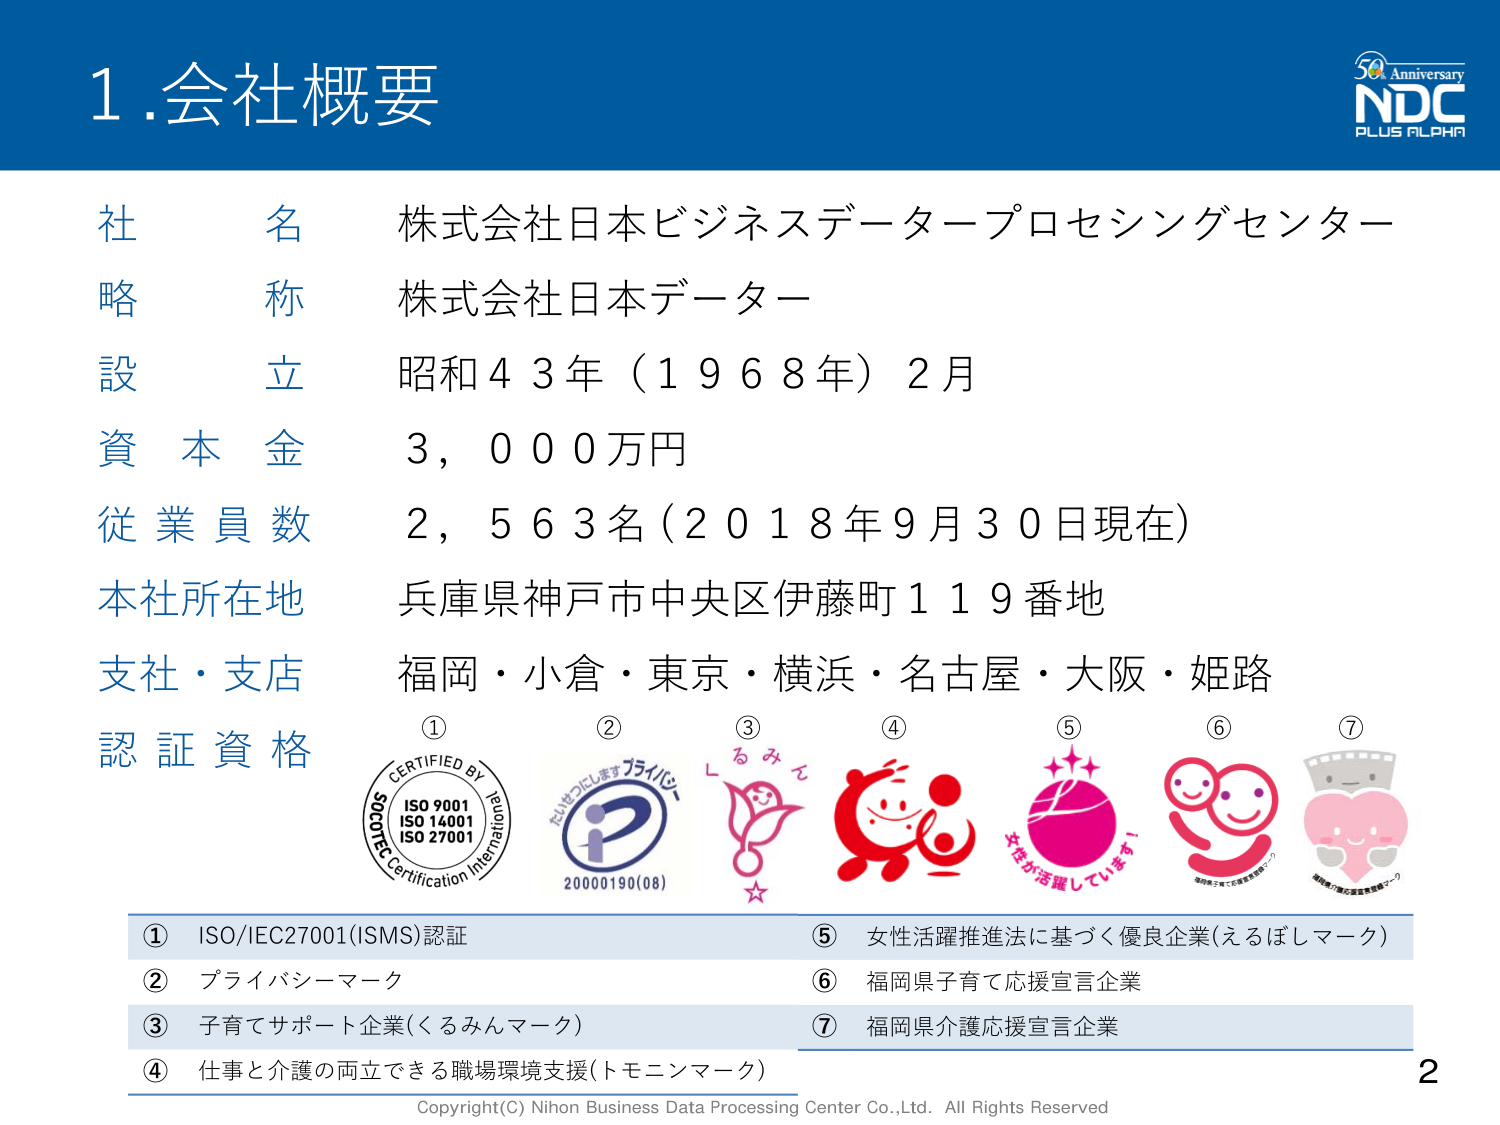
1.会社概要

社名 株式会社日本ビジネスデータープロセシングセンター
略称 株式会社日本データー
設立 昭和43年（1968年）2月
資本金 3,000万円
従業員数 2,563名（2018年9月30日現在）
本社所在地 兵庫県神戸市中央区伊藤町119番地
支社・支店 福岡・小倉・東京・横浜・名古屋・大阪・姫路
認証資格

① CERTIFIED BY
ISO 9001
ISO 14001
ISO 27001
SQC
EC Certification International

② たいせつにしますプライバシー
20000190(08)

③ くるみん

④ トモニマーク

⑤ 女性が活躍しています！

⑥ 福岡県子育て応援宣言企業

⑦ 福岡県介護応援宣言企業

① ISO/IEC27001(ISMS)認証
② プライバシーマーク
③ 子育てサポート企業（くるみんマーク）
④ 仕事と介護の両立できる職場環境支援（トモニマーク）
⑤ 女性活躍推進法に基づく優良企業（えるぼしマーク）
⑥ 福岡県子育て応援宣言企業
⑦ 福岡県介護応援宣言企業

50 Anniversary
NDC
PLUS ALPHA

Copyright(C) Nihon Business Data Processing Center Co.,Ltd. All Rights Reserved

2